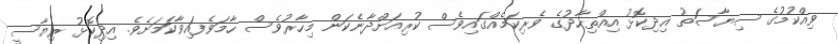
ވިއްކުމުގެ ސިޔާސަތު އިދިކޮޅު އިއްތިހާދުގެ ވެރިކަމެއްގައިވެސް ކުރިއަށްދާނެކަން މިހާރުވެސް ހާމަވެފައިވާކަމަށެވެ. އިދިކޮޅު ރިޔާސީ